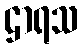
ဌာရသ